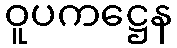
ဝူပကဋ္ဌေန